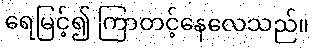
ရေမြင့်၍ ကြာတင့်နေလေသည်။